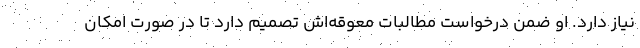
نیاز دارد. او ضمن درخواست مطالبات معوقه‌اش تصمیم دارد تا در صورت امکان